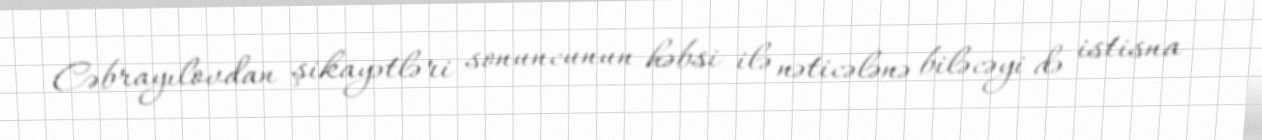
Cəbrayılovdan şikayətləri sonuncunun həbsi ilə nəticələnə biləcəyi də istisna